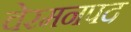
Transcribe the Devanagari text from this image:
चेरमनपद